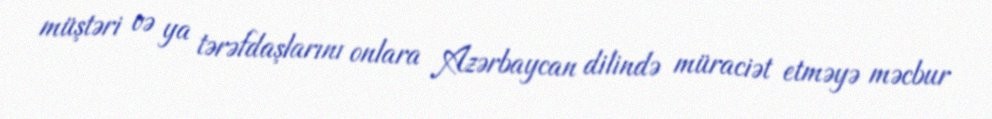
müştəri və ya tərəfdaşlarını onlara Azərbaycan dilində müraciət etməyə məcbur